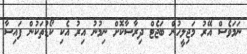
ނަމަވެސް އޭރު މަޖިލީހުން ބަޖެޓް ދިރާސާކޮށް ނިމުނު އިރު އެކި ކޯޑުތަކުން ފައިސާ